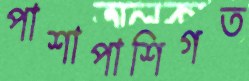
পাশাপাশিগত